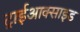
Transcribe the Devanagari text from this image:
ट्राईआक्साइड